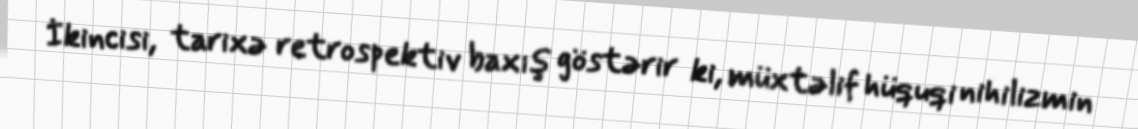
İkincisi, tarixə retrospektiv baxış göstərir ki, müxtəlif hüquqi nihilizmin